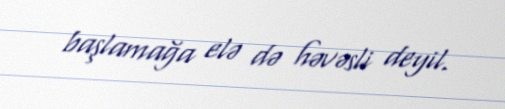
başlamağa elə də həvəsli deyil.